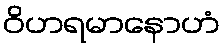
ဝိဟရမာနောဟံ